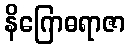
နိဂြောဓရာဇာ